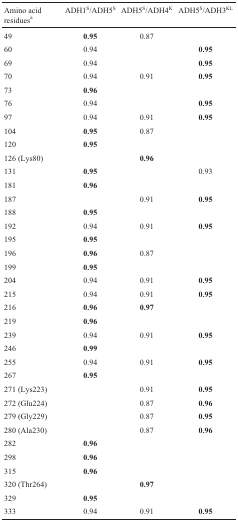
<table><thead><tr><td><b>Amino acid residues<sup>a</sup></b></td><td><b>ADH1<sup>S</sup>/ADH5<sup>S</sup></b></td><td><b>ADH5<sup>S</sup>/ADH4<sup>K</sup></b></td><td><b>ADH5<sup>S</sup>/ADH3<sup>KL</sup></b></td></tr></thead><tbody><tr><td>49</td><td><b>0.95</b></td><td>0.87</td><td></td></tr><tr><td>60</td><td>0.94</td><td></td><td><b>0.95</b></td></tr><tr><td>69</td><td>0.94</td><td></td><td><b>0.95</b></td></tr><tr><td>70</td><td>0.94</td><td>0.91</td><td><b>0.95</b></td></tr><tr><td>73</td><td><b>0.96</b></td><td></td><td></td></tr><tr><td>76</td><td>0.94</td><td></td><td><b>0.95</b></td></tr><tr><td>97</td><td>0.94</td><td>0.91</td><td><b>0.95</b></td></tr><tr><td>104</td><td><b>0.95</b></td><td>0.87</td><td></td></tr><tr><td>120</td><td><b>0.95</b></td><td></td><td></td></tr><tr><td>126 (Lys80)</td><td></td><td><b>0.96</b></td><td></td></tr><tr><td>131</td><td><b>0.95</b></td><td></td><td>0.93</td></tr><tr><td>181</td><td><b>0.96</b></td><td></td><td></td></tr><tr><td>187</td><td></td><td>0.91</td><td><b>0.95</b></td></tr><tr><td>188</td><td><b>0.95</b></td><td></td><td></td></tr><tr><td>192</td><td>0.94</td><td>0.91</td><td><b>0.95</b></td></tr><tr><td>195</td><td><b>0.95</b></td><td></td><td></td></tr><tr><td>196</td><td><b>0.96</b></td><td>0.87</td><td></td></tr><tr><td>199</td><td><b>0.95</b></td><td></td><td></td></tr><tr><td>204</td><td>0.94</td><td>0.91</td><td><b>0.95</b></td></tr><tr><td>215</td><td>0.94</td><td>0.91</td><td><b>0.95</b></td></tr><tr><td>216</td><td><b>0.96</b></td><td><b>0.97</b></td><td></td></tr><tr><td>219</td><td><b>0.96</b></td><td></td><td></td></tr><tr><td>239</td><td>0.94</td><td>0.91</td><td><b>0.95</b></td></tr><tr><td>246</td><td><b>0.99</b></td><td></td><td></td></tr><tr><td>255</td><td>0.94</td><td>0.91</td><td><b>0.95</b></td></tr><tr><td>267</td><td><b>0.95</b></td><td></td><td></td></tr><tr><td>271 (Lys223)</td><td></td><td>0.91</td><td><b>0.95</b></td></tr><tr><td>272 (Glu224)</td><td></td><td>0.87</td><td><b>0.96</b></td></tr><tr><td>279 (Gly229)</td><td></td><td>0.87</td><td><b>0.95</b></td></tr><tr><td>280 (Ala230)</td><td></td><td>0.87</td><td><b>0.96</b></td></tr><tr><td>282</td><td><b>0.96</b></td><td></td><td></td></tr><tr><td>298</td><td><b>0.96</b></td><td></td><td></td></tr><tr><td>315</td><td><b>0.96</b></td><td></td><td></td></tr><tr><td>320 (Thr264)</td><td></td><td><b>0.97</b></td><td></td></tr><tr><td>329</td><td><b>0.95</b></td><td></td><td></td></tr><tr><td>333</td><td>0.94</td><td>0.91</td><td><b>0.95</b></td></tr></tbody></table>